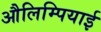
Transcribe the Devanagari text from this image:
औलिम्पियाई